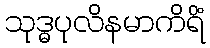
သုဒ္ဓပုလိနမာကိရိံ